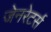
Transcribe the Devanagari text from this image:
जेनरेटर्स